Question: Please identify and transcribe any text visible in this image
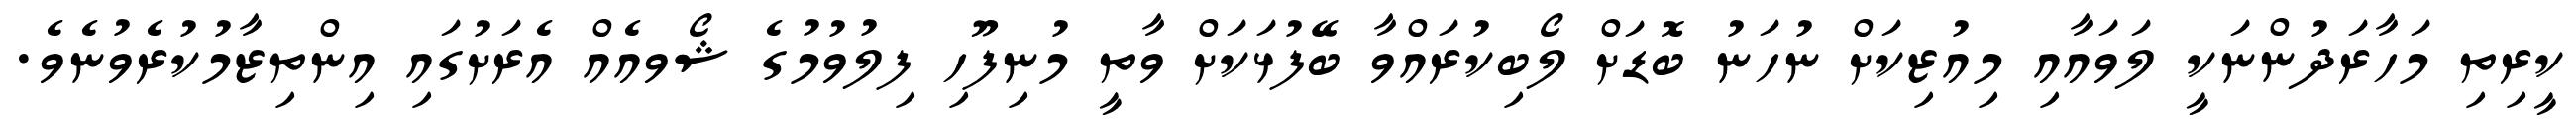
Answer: ކީރިތި މަހާރަދުންނަކީ ލަވައާއި މިއުޒިކަށް ނުހަނު ބޮޑަށް ލޯބިކުރައްވާ ބޭފުޅަކަށް ވާތީ މުނިފޫހި ފިލުވުމުގެ ޝޯވއެއް އެރަށުގައި އިންތިޒާމުކުރެވުނެވެ.